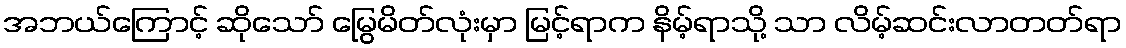
အဘယ်ကြောင့် ဆိုသော် မြွေမိတ်လုံးမှာ မြင့်ရာက နိမ့်ရာသို့ သာ လိမ့်ဆင်းလာတတ်ရာ